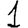
Digit: 1